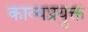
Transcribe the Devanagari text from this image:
काव्यप्रयुक्त